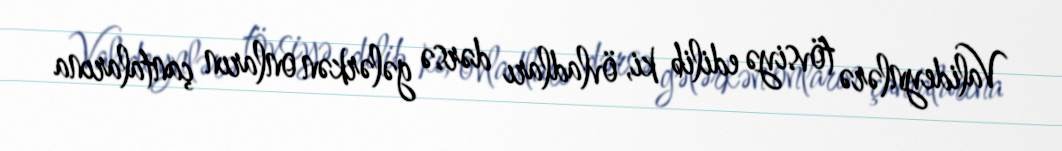
Valideynlərə tövsiyə edilib ki, övladları dərsə gələrkən onların çantalarına